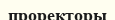
проректоры